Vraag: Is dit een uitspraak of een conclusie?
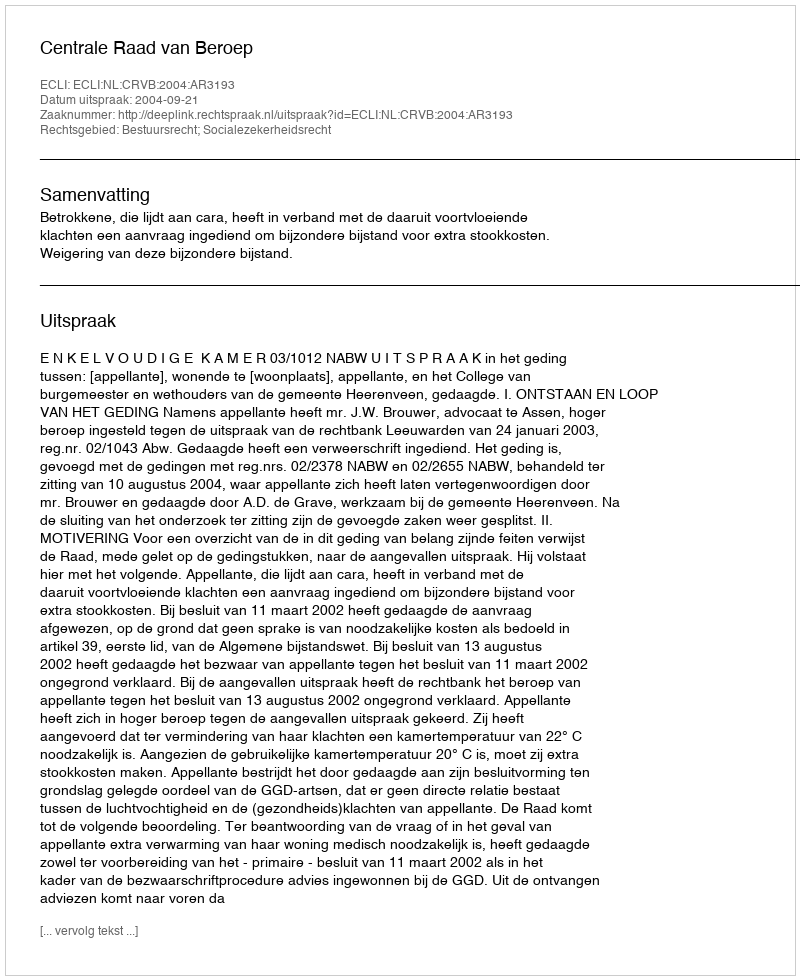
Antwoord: Uitspraak